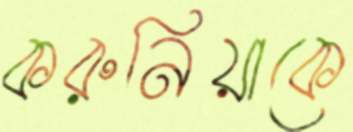
করুনিয়াকে